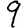
Digit: 9